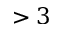
> 3